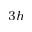
_ { 3 h }